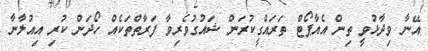
އޭނާ ވިދާޅުވީ ތިން އެއާޕޯޓް ތަރައްގީކުރަން ޝައުގުވެރިވާ ފަރާތްތަކެއް ހޯދަން ކުރި އިއުލާނާ